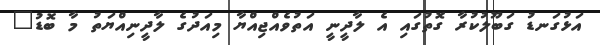
އަޅުގަނޑު ގަބޫލުކުރާ ގޮތުގައި އެ ލާދީނީ އަތުވެއްޖިއްޔާ މިއަދުގެ ލާދީނިއްޔަތު މާ ބޮޑު"